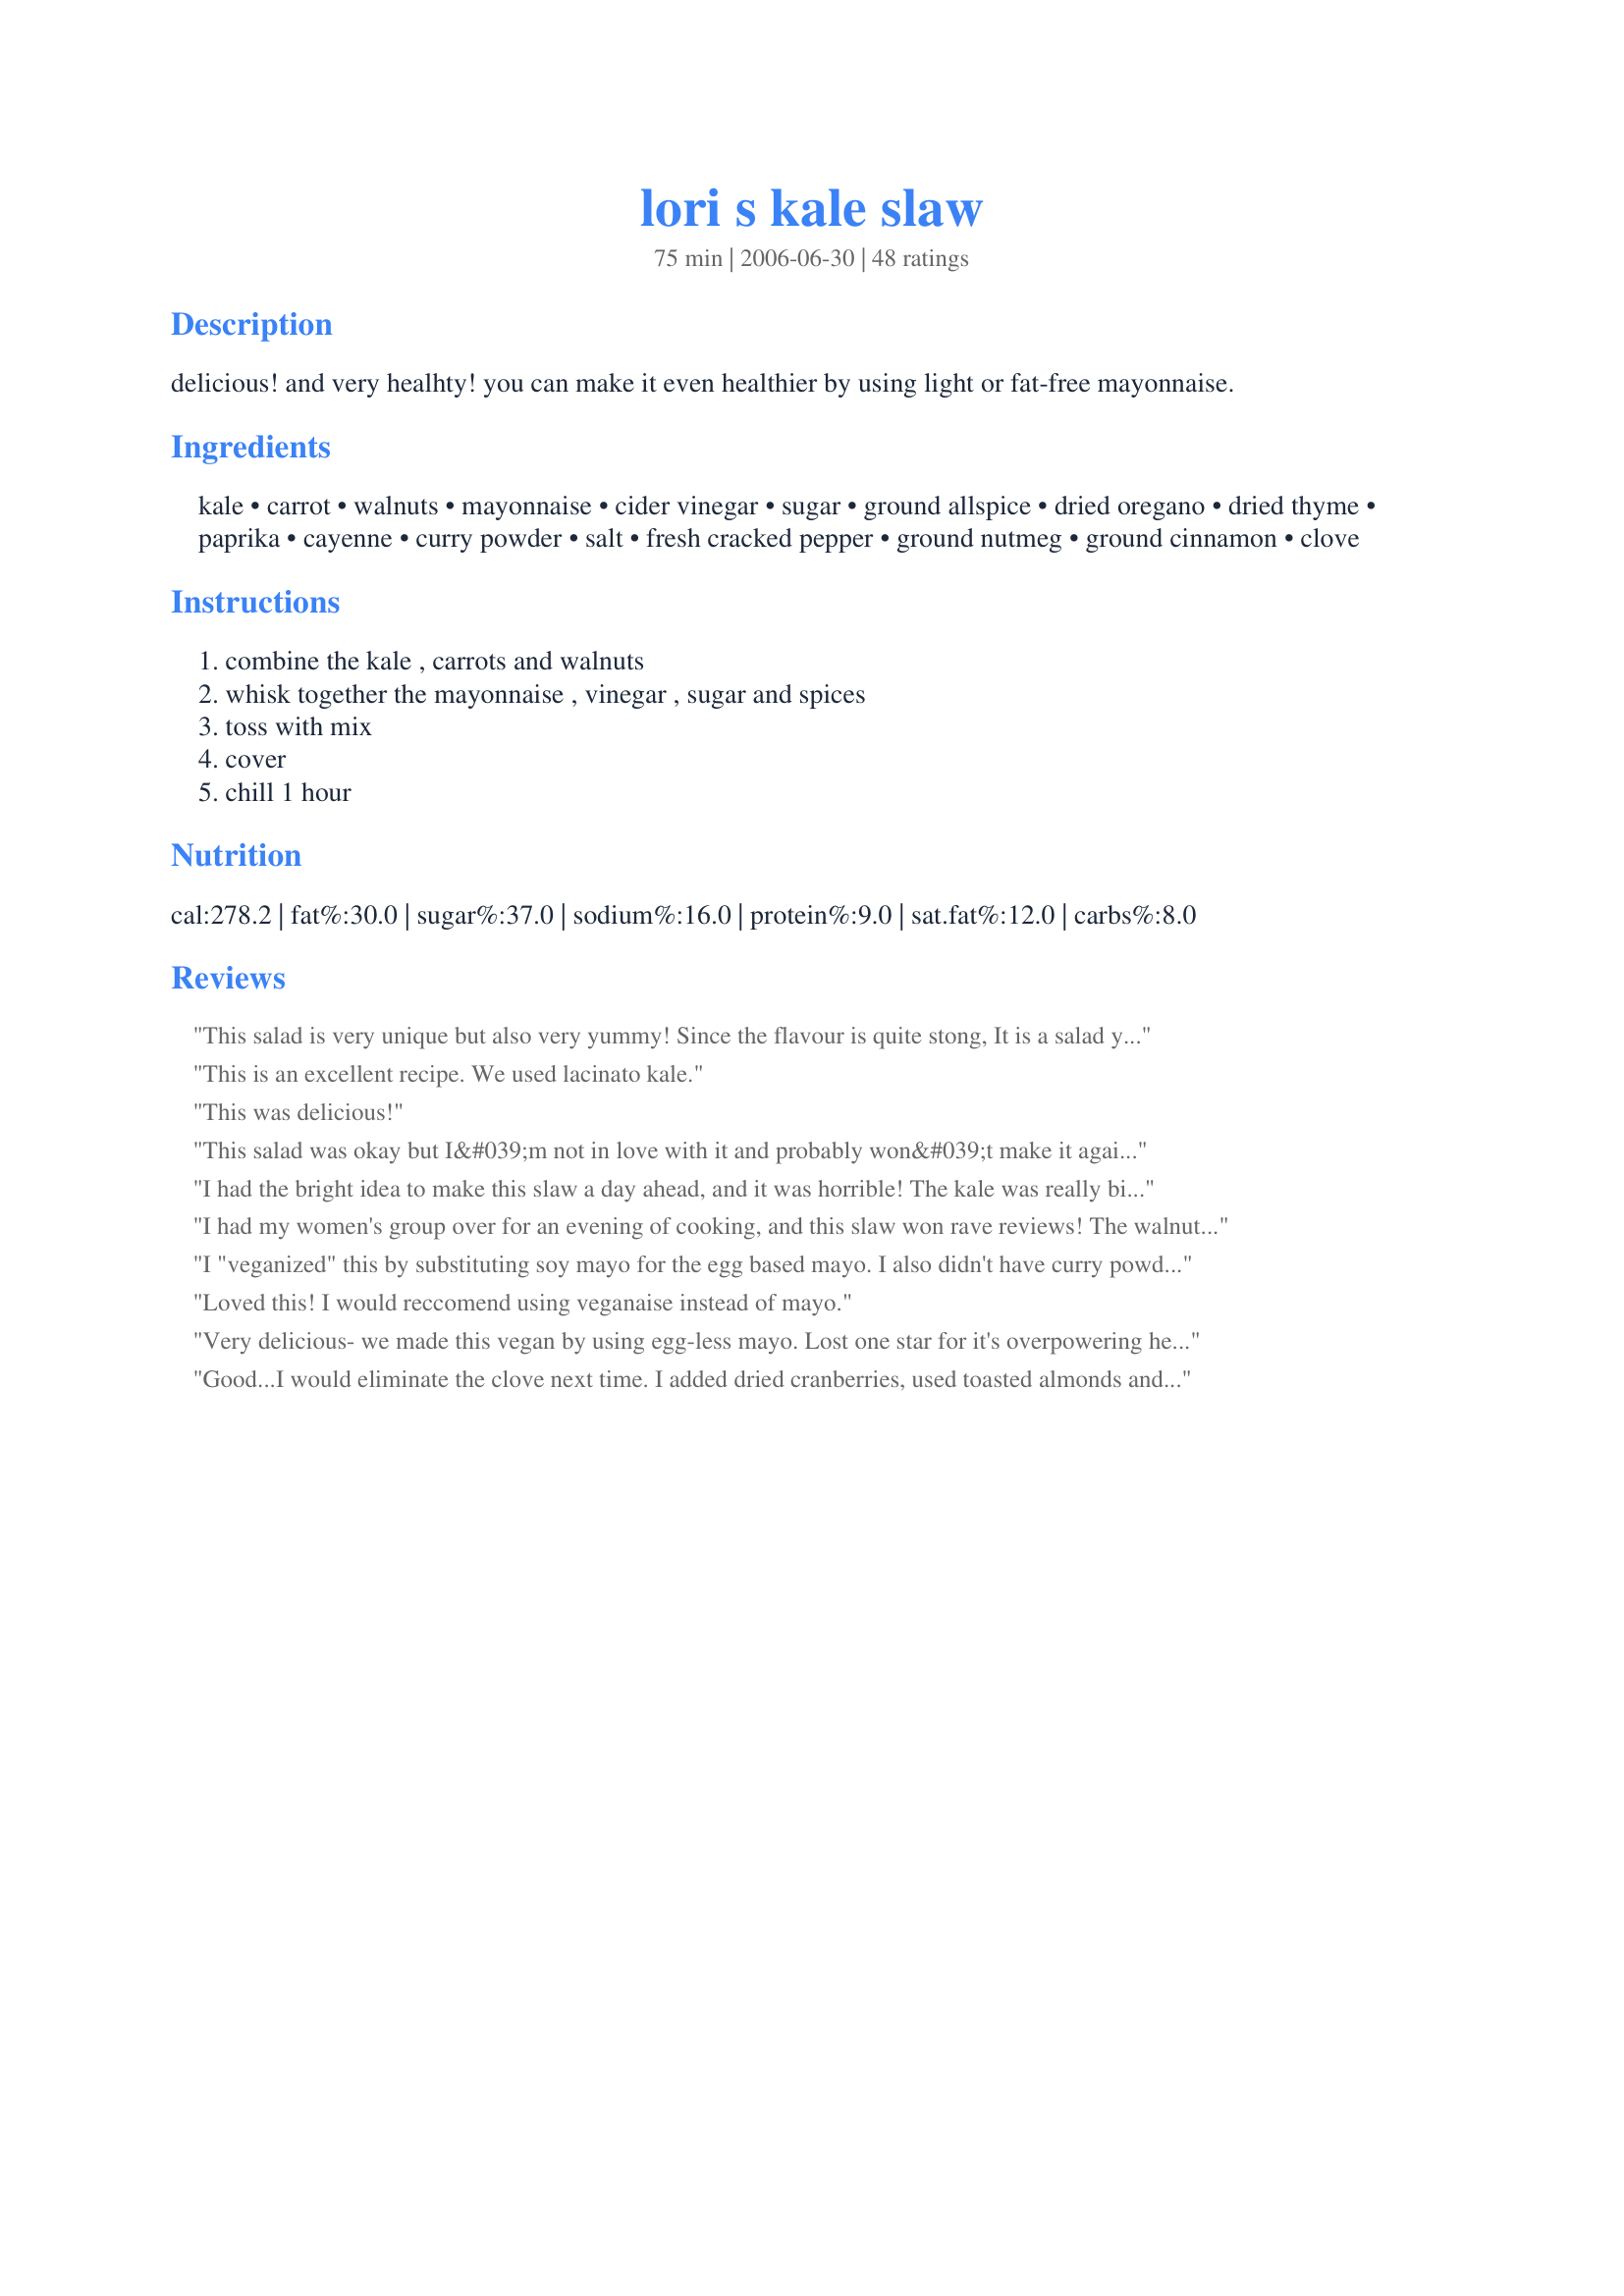
lori s kale slaw
Preparation time: 75 minutes

delicious! and very healhty! you can make it even healthier by using light or fat-free mayonnaise.

Ingredients:
kale, carrot, walnuts, mayonnaise, cider vinegar, sugar, ground allspice, dried oregano, dried thyme, paprika, cayenne, curry powder, salt, fresh cracked pepper, ground nutmeg, ground cinnamon, clove

Steps:
combine the kale , carrots and walnuts, whisk together the mayonnaise , vinegar , sugar and spices, toss with mix, cover, chill 1 hour

Reviews:
This salad is very unique but also very yummy! Since the flavour is quite stong, It is a salad you would only want to eat 1 serving of in a sitting in order to really enjoy it. This salad is very pretty too, with the contrast of the curly deep greens with the carrots and walnuts.
This is an excellent recipe. We used lacinato kale.
This was delicious!
This salad was okay but I&#039;m not in love with it and probably won&#039;t make it again at least not this way. I did cut the cayenne pepper in half as other posters did and it was plenty. I thought the clove (between the allspice &amp; ground clove) was way too pungent for my tastes and covered up the laundry list of spices. Honestly, I think it would taste great just using the mayo, vinegar, sugar mixture for a dressing, and maybe some celery seed or celery salt. Sometimes less is more.
I had the bright idea to make this slaw a day ahead, and it was horrible! The kale was really bitter and we had to eventually throw it all out. I hope that others will not make the same mistake I did. No stars given because I did not follow the directions of chilling for only 1 hour. The taste test right after making it was good, and I bet after the 1 hour of chilling time it would have been really good. I am sorry I let mine sit overnight.
I had my women's group over for an evening of cooking, and this slaw won rave reviews! The walnuts add great flavor to the salad and all the spices work perfectly together.
I "veganized" this by substituting soy mayo for the egg based mayo. I also didn't have curry powder, so I cut back on the sugar a little bit.
It was so delicious. Also prep time was much lower than listed. Definitely worth a try! Thanks Lori, killer innovative recipe.
Loved this! I would reccomend using veganaise instead of mayo.
Very delicious- we made this vegan by using egg-less mayo. Lost one star for it's overpowering heat (and we're nuts for spicy food)- next time will use about half the cayenne. Although it probably kept us from destroying all of this in one sitting...
Good...I would eliminate the clove next time. I added dried cranberries, used toasted almonds and gave it some protein by adding chicken. Yummy salad!!
This recipe certainly gave my spice rack a workout, but amazingly I had everything already and only had to buy the kale. It was my first attempt at making anything with kale, too, and I was glad to find that it could be eaten raw (as DH hates most cooked veggies). DH gave it his seal of approval by asking for the leftovers the next day. Definitely will be making this again. [Edit: After making a second time, and having DH go back for seconds (unheard of for a veggie dish) I've decided to make up a mix of the spices so I don't have to get all 11 spice bottles out every time, since I'm going to be making this a lot. I multiplied every ingredient from allspice to cloves by 6 (3 tsp, 2 tsp, 1 1/2 tsp, and 3/4 tsp respectively for each set of amounts) and mixed them all together. For each time I make the recipe, I will use about 4 tsp of the mix. It will save time, and remove the guesswork involved since I don't own a 1/3 teaspoon.]
So I followed the ingredients as specified, however I toasted the spices in a dry pan over med heat. Then I mixed in the mayo (let spices cool) and let that sit in the fridge till dinner. 4-5 hrs then 1 hr before dinner I put it all together and Julianne a pink lady apple and let that sit till dinner was served......yumm yumm yumm.....did I say yumm...oh sorry I ment yummo!
OMG this is SO yummy! This is the first time I have eaten kale because we don't really get it in south australia but I bought a bunch at my organic grocer to try. When researching what to do with it I stoked to see it could be eaten raw-no need to destroy all those green nutrients! I would recommend adding 1-2 tbls of lemon juice which is nice w the curry spices. I also used agave nectar instead of sugar and as I had seen in similar recipes I massaged the kale for a couple of minutes to help soften it before refrigerating it. Quite a few other things like tomatoes and red onion would also be nice in this. Also agree with the other reviewer that it is best enjoyed in small doses. Thank you for taking the time to add this recipe.
Love it. An explosion of flavor! I substituted greek yogurt for mayo for a healthier version. Came out great!
Delicious and very easy to make. I added dried cranberries which gave a nice texture and sweet contrast to the spice. I will definitely be making this again.
I really liked this. But it had too much mayo for my taste. I added some extra vinegar and that made it much better. I don't particularly like mayonnaise, so I should have known that 1/2 cup would be too much for my tastes.
This was ridiculously good. I am making it for the second time this week. All my diner party guests agreed it is a winner. Even though I didn't think I would like it even after it was done, it smelled weird. But it is truly great.
With all those spices and raw kale, I wasn't sure what to expect from this one, but it was great! Due to allergies, I subbed toasted almonds for the walnuts, which worked fine. Give this on a try. You won't be sorry.
Not a big "slaw" fan, but I had a lot of kale and wanted to enjoy it uncooked for a change. This is super yummy and was very easy to make. I used Apple cider vinegar and it tasted fine. Thank you for the recipe.
This gingerbread-flavored slaw is a little spicy. Next time I&#039;ll add cubed or shredded chicken and serve in pitas.
Nutritious, delicious and flavorfully different. Only change I made was to use sunflower seeds instead of walnuts.
Kaboom! What a taste explosion! I was a little wary of trying raw kale, but this is really good.
this is fantastic! I too multiplied the recipe to get the porportions to make a spice blend, then just measured it out and wrote a note on the container so I would know how much of the blend to use for each batch. I used plain yogurt instead of mayo, and I used honey instead of sugar (omited the sweetner out of the spice blend all together) For visual purposes you will want to grate the carrot on a course grate. Tonight I am making it again and omitting the walnuts and adding diced cooked chicken breast! Last night I used a tiny bit of the dressing on my hamburger bun! GREAT stuff
Fantastic use of fresh kale! I ate the whole thing by myself for dinner and lunch the next day. Thanks for sharing.
This is just so amazingly delicious!!!!! I used raw beet in place of the carrot because I had a single beet in the fridge that needed to be used. I did find the heat in this recipe to be out of balance, so next time I will reduce the cayenne. It is delicious as is, but it is also delicious with some chopped apple. I will definitely add this to my regular repertoire!
I have to say that I am baffled by the great reviews because I followed the recipe (for the spice mixture) and it was just overpoweringly spicy. I ate a serving, but the rest of my family ate one or two bites and could not eat more. I did use 1/2 and 1/2 mayo & greek yogurt and I increased the carrots. Also tossed in some dried cranberries, as someone suggested. But you couldn't really tasted any of that over the spices. I will try making this again, but decrease most of the spices to half the suggested amounts, or possibly even less in some cases (like cayenne pepper). It was disappointing, since I used the kale from this week's CSA basket to try this new recipe, and I was so looking forward to something I thought the entire family would enjoy as a change of pace from my usual sauted kale.
Really fantastic salad! I found the cinnamon flavor just a bit overpowering, so I'll do a tad less than 1/8 t. next time. I took this to a picnic and everyone loved it. Definitely unique - not for those that don't like to adventure with their food. Thanks for a great recipe!
Oh my god!! Hubby and I loved it. We eat low carb and this fits in with our plan perfectly!! Used the bagged kale slaw from Trader Joe’s
I had kale to use from my CSA, so I decided to try this for lunch the next day. I washed and dried the kale, and then made about half of the dressing. I didn&#039;t measure the spices, but added one, two or three &quot;shakes&quot; depending on the amount listed. I ended up slicing baby carrots into small coins and toasted the walnuts by sauteing them in butter. I spread the dressing over the top of the kale mixture so that the kale was sealed by the dressing and I did refrigerate overnight. It was really, really good the next day and I will be making it again. I will mix up extra spices to keep on hand next time. I am also thinking of using the spices in greek yogurt to create a vegetable dip for raw veggies and maybe some kale chips.
All I can say is &quot;Less is More!&quot; I found the dressing to be extremely overpowering particularly the Clove and the Cayenne. I was hesitant to try this recipe when I saw the extensive list of spices - but hey being the adventurous sort I thought I&#039;d give it a go given the high review ratings. Sadly I cannot share in everyone&#039;s admiration. I found the amount of dressing way to much for the volume of Kale indicated in the recipe. I suspect that many are looking for ways to completely cover up the often bitter taste of the Kale and for them this will certainly do the trick. I prefer seasoning to enhance the natural flavor of foods rather than cover it up. I did add apples as other had suggested and topped it with diced chicken - this broke up the strong taste of the dressing somewhat, but unfortunately the dressing was definitely still overpowering.
Congrats Lori 
We used your recipe for Thanksgiving, and everyone loved it, including unexpected guests who dropped in. Today, Sunday I got a request for the recipe from one of the guests - which reminded me to write and say THANKS.
Great I changed walnuts for sliced roasted garlic almonds and added a bit more vinegar.&lt;br/&gt;Nancy Ashe
Wow, talk about a workout for the spice cabinet! Great recipe, plenty of room for tweaking.
UH-mazing! I am so happy to find a recipe that makes raw kale delicious. I made exactly as written except for...now that I think about it I did change a few things. First of all, cut way back on cayenne (just a pinch and I still could taste it. And I like spicy!), swapping almonds for the walnuts because I prefer them, and cranberries and chopped apple. YUM! Husband and I agreed adding some salty chunks of broiled chicken would make this a delicious meal on it's own. And how else could you make these uber healthy greens taste like a treat?
Very unique flavor, very easy to prepare and VERY healthy. Went well the first night with Fried chicken, and the next night with steak.
This is really good! I used Greek yogurt instead of mayo and used 1/4c instead of 1/2c of walnuts (chopped small) to save calories. Next time I will use less cayenne...it's just a bit too spicy for me. Dried cranberries or raisins would be awesome in it as well.
Every time I make this and take it to a potluck I get asked for the recipe by more than one person. Cut the cayenne in half - it is way too overpowering otherwise. I also don&#039;t always add the nuts either, just in case of allergies. If you double the recipe there is too much dressing so I either use more kale than called for or don&#039;t add all the dressing. I make it ahead of time and add the dressing when I leave home so the kale has just the right amount of time to soak in the dressing without getting too wilted.
The dressing is sweet and nutty with a spicy kick. Make sure to throughly chill this slaw or else the strong taste of kale will overpower the dressing.
Awesome! What a workout for your spice cabinet! As I was making this recipe, I was thinking that next time I'd simplify the seasoning, but after tasting the result, I wouldn't change a thing. My husband, who usually doesn't get excited about my cooking, raved.
This is a delicious way to eat kale! Made this last night and everyone really loved it. If you dont like your food spicy you might want to cut the cayenne in half because it is really spicy. Will make this over and over again. Thanks Lori for posting!
This was an amazingly different salad. The spice mixture in the dressing is sooooo unique. I imagine someone eating this salad would either hate it, or love it. 
The three of us here absolutely loved it! It's great to find something else to do with kale, and is so simple to make too. This recipe is now part of my salad collection. Thanks for posting.
Good stuff! First time I've had raw kale. Added a tiny bit of garlic powder, served with beef stroganoff.
I like lots of spice - the hotter the better, so I loved Lori's Kale Slaw. I quadrupled the spices, blended together in a ziplock baggie and dipped out approx. 5 teaspoons of the spice blend for each two servings of the slaw. It was a little too sweet for my taste so I cut back and amount if sugar in half.
I thought this was really good! I followed the recipe exactly, except I also added some spinach leaves to the mix. While I was eating it, I thought that apple would go well, so I am going to try that with the leftovers. Next time I will cut back a little bit on the cayenne. UPDATE: The leftovers were really good with some apple!!!
This was really good. I added one small apple and some raisins. It is wicked spicy, I like spice, but whoa mamma! I added a dash more sugar to take the flames down, then I realized I doubled the cayenne..... woops! I still ate it because the combo was grrrreat! Thanks Lori!
Yum! I scaled this down to make a salad for two -- one large leaf of curly kale, a grated carrot and a handful of walnuts. Also scaled back on the spices and just tossed a bit of mixed spice and a bit of mixed Italian herbs into a dry pan with the walnuts, and toasted the lot together. Then chopped up the walnuts and added everything to the salad, and dressed with light maynnaise and balsamic vinegar (didn't have cider vinegar, but it shouldn't matter, there's vinegar in the mayonnaise anyway). It came out nutty, crunchy and delicious. I'll try it with the cayenne pepper sometime when I have it on hand. Thanks so much for posting!
Inadequate this with light miracle whip and added cranberries at the suggestion of the other reviewers. I do think apple would add a lot to this as well. It is very spicy, but I love the blend so well, I think I will just add more kale. I think there is enough dressing to accommodate that. I also think I will try almonds instead of walnuts as another reviewer suggested, as a way to change it up next time I make it. I love this way to eat kale in a whole new way. Thank you Lori!
I mix dressing and add it ss needed to salad is always "fresh and crunchy" prefer it that way.
